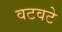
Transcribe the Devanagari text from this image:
वटवटे